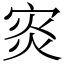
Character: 𡨼